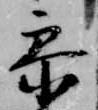
参